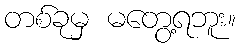
တစ်ခုမှ မတွေ့ရဘူး။